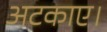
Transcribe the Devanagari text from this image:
अटकाए।